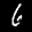
Label: 6